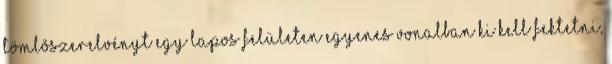
tömlõszerelvényt egy lapos felületen egyenes vonalban ki kell fektetni,